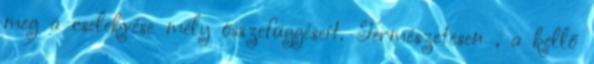
meg a cselekvése mély összefüggéseit. Természetesen , a kellő